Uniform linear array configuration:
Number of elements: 16
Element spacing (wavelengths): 0.25
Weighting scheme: binomial
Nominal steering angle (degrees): -30
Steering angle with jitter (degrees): -30.184
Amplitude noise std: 0.05
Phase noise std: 0.05

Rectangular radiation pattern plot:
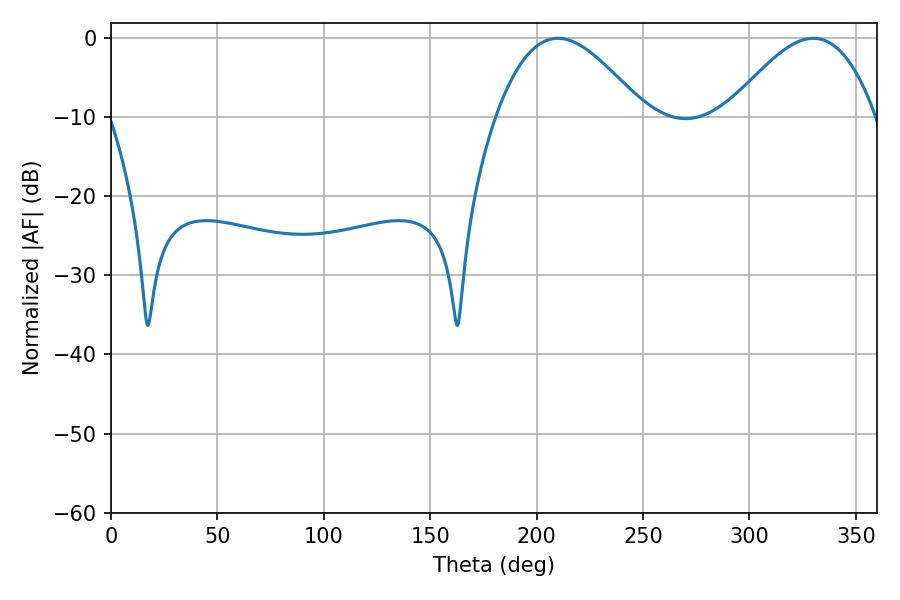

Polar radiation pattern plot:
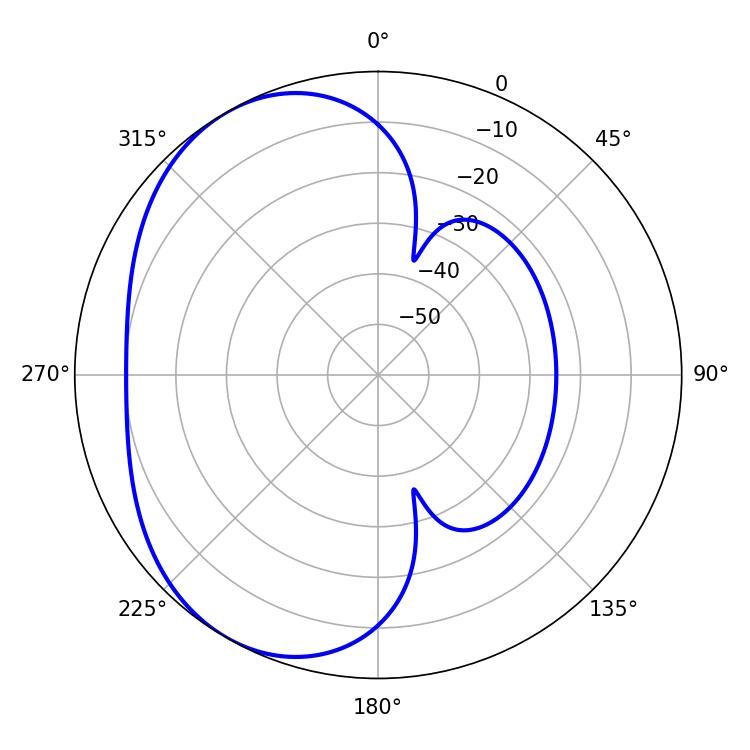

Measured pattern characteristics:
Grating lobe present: FALSE
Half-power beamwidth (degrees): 37.44
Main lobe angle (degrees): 210.06